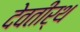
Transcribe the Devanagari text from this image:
देवतीर्थ